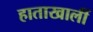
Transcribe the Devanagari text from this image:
हाताखालीं